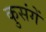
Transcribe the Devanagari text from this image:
कुसंगें